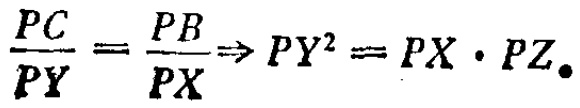
\(\frac{PC}{PY}=\frac{PB}{PX}\Rightarrow PY^{2}=PX\cdot PZ\)